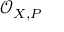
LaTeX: { \mathcal { O } } _ { X , P }